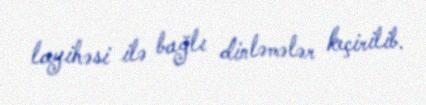
layihəsi ilə bağlı dinləmələr keçirilib.